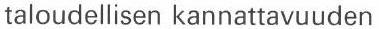
taloudellisen kannattavuuden